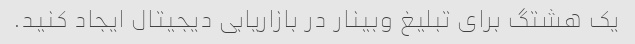
یک هشتگ برای تبلیغ وبینار در بازاریابی دیجیتال ایجاد کنید.